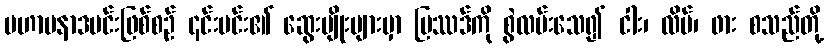
မဟာပနာဒမင်းဖြစ်စဉ် ၎င်းမင်း၏ ဆွေးမျိုးများမှာ ပြဿဒ်ကို စွဲလမ်းသေ၍ ငါး၊ လိပ်၊ ဖား စသည်တို့